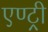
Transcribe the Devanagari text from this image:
एण्ट्री